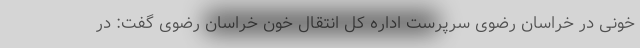
خونی در خراسان رضوی سرپرست اداره کل انتقال خون خراسان رضوی گفت: در